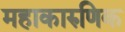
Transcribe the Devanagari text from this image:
महाकारुणिक